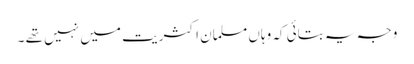
وجہ یہ بتائی کہ وہاں مسلمان اکثریت میں نہیں تھے ۔